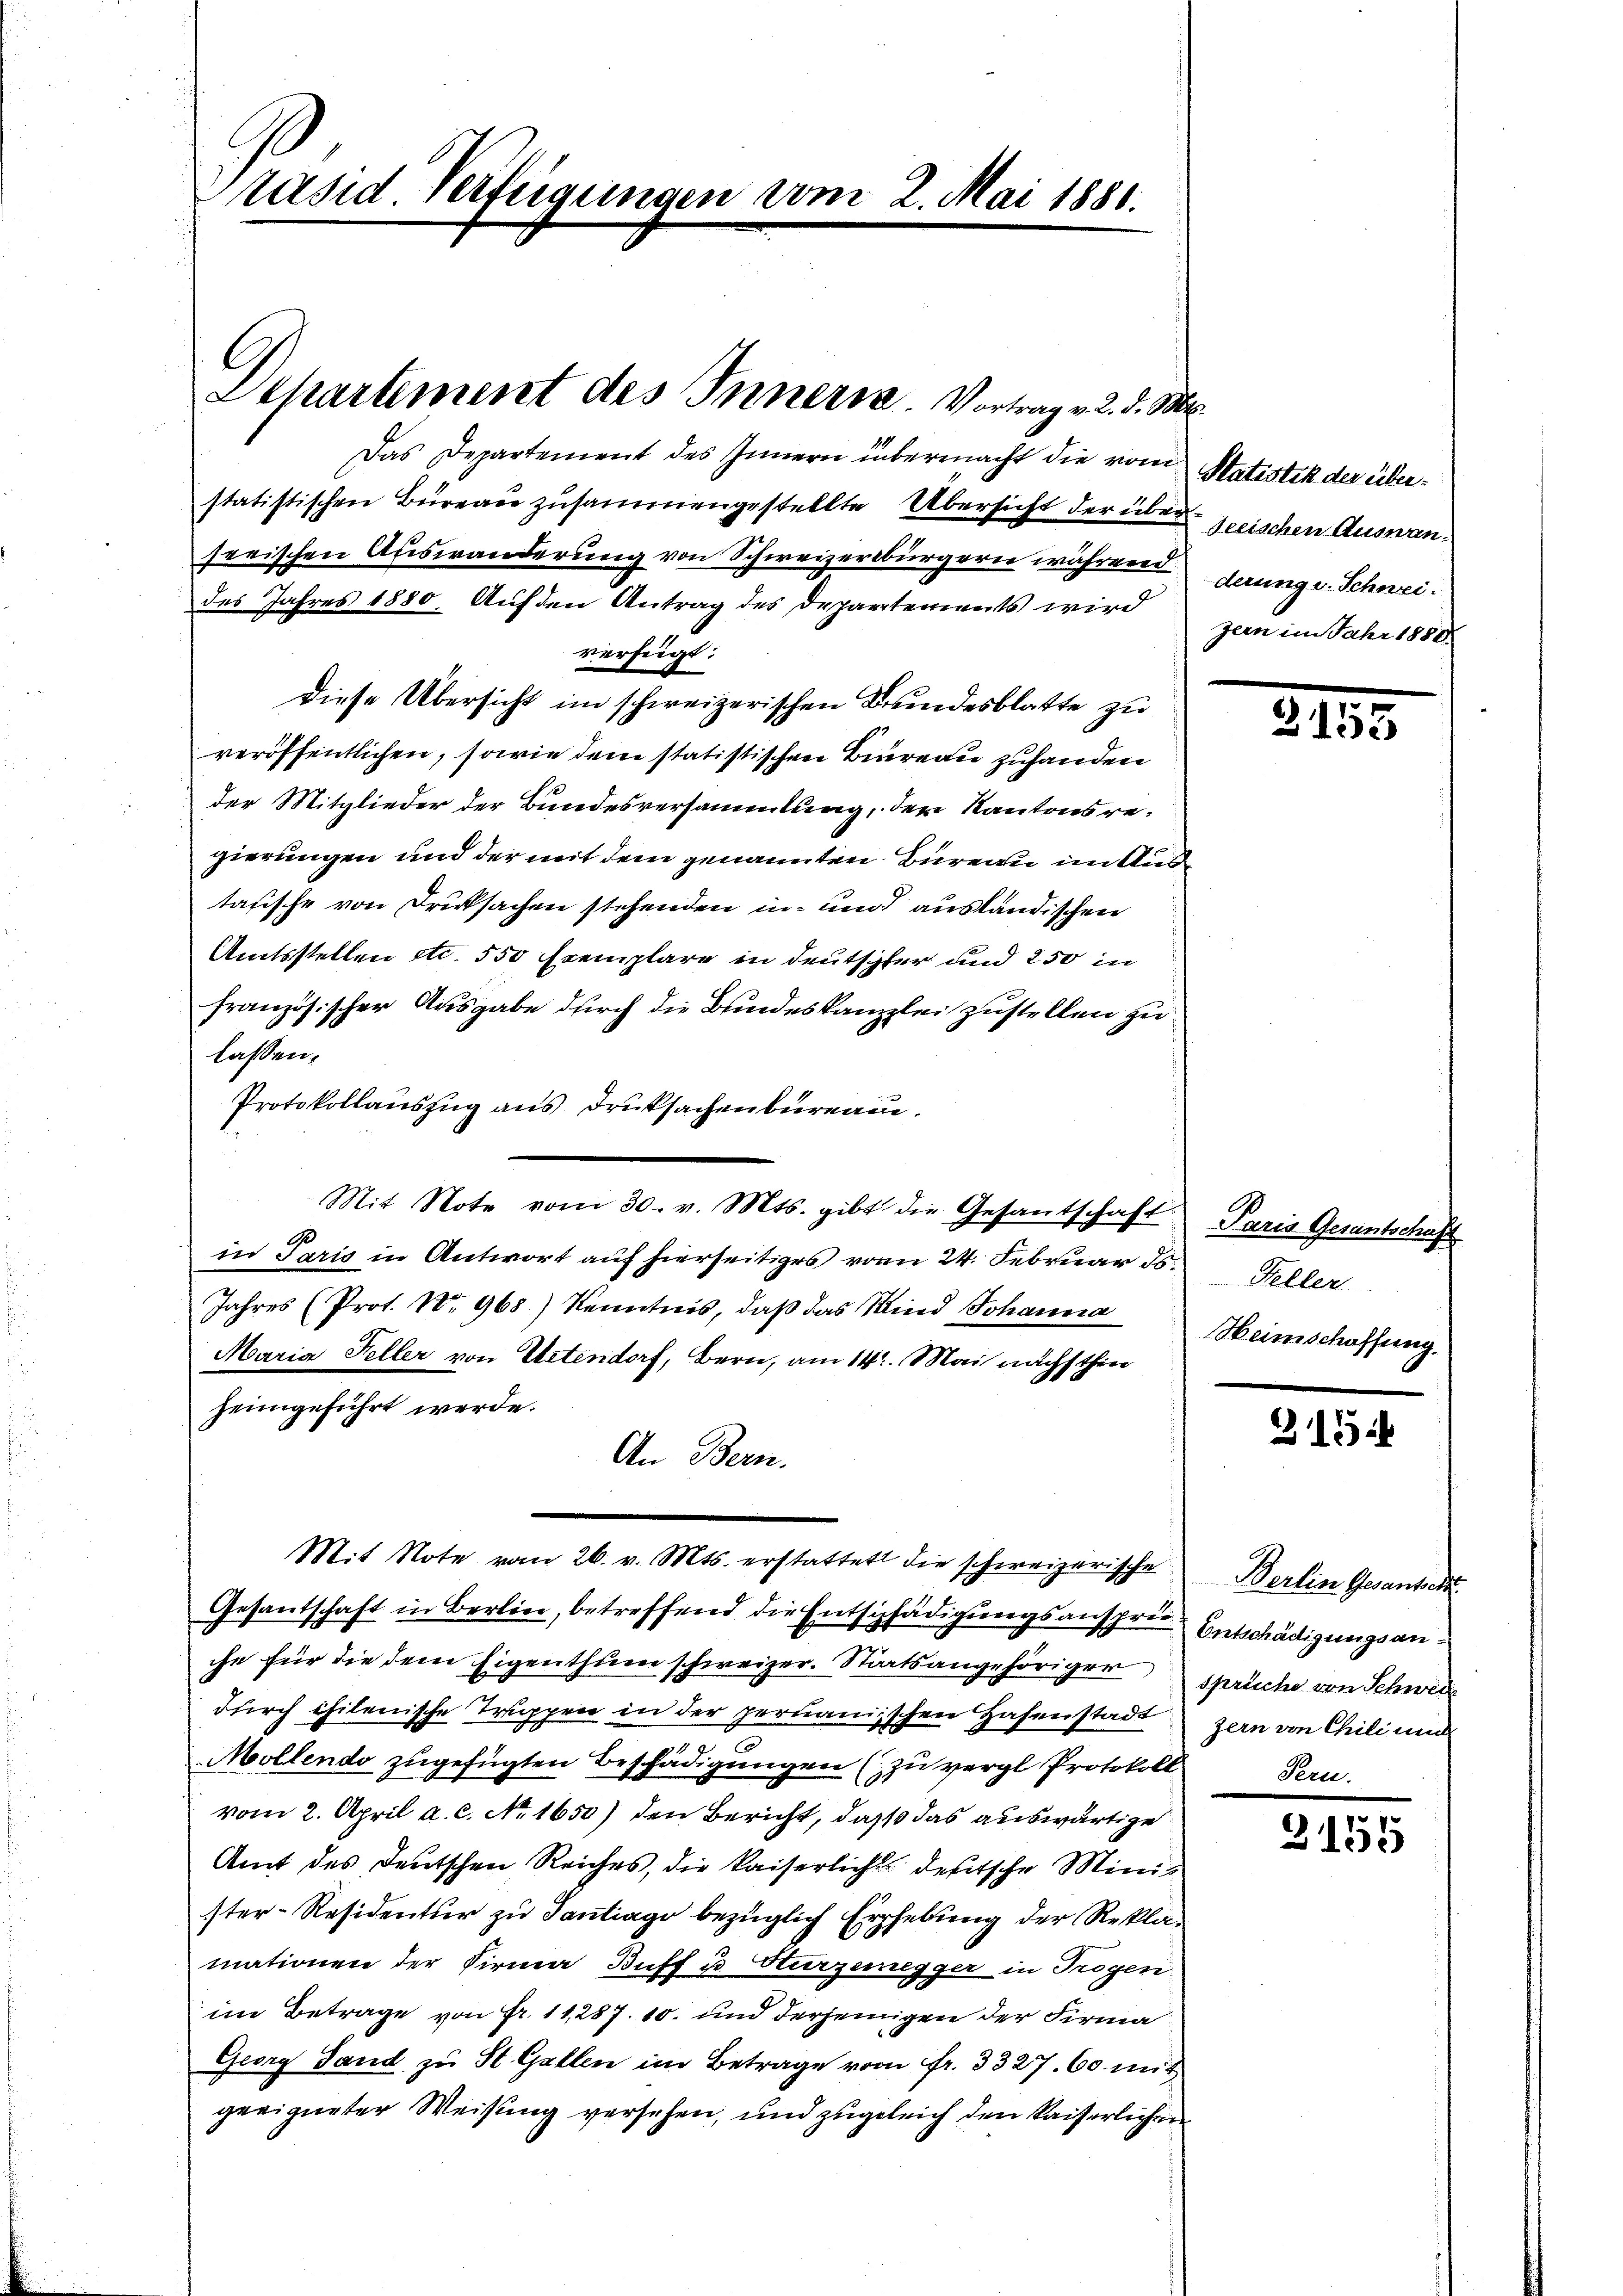
räsid Verfügungen vom 2. Mai 1880.

Das Departement des Innern übermacht die vom Matistik der überstatistischen Büreade zusammengestellte Übersicht der über seischen Auswanseeischen Auswanderung von Schweizerbürgern während
des Jahres 1880. Auf den Antrag des Departements wird
verfügt:
Diese Übersicht im schweizerischen Bundesblatte zu
veröffentlichen, sowie dem statistischen Bureau zuhanden
der Mitglieder der Bundesversammlung, der Kantonsregierungen und der mit dem genannten Bureau im Austafische von Dricksachen stehenden in und ausländischen
Amtsstellen etc. 550 Exemplare in deutschter und 250 in
französischer Ausgabe durch die Bundeskanzlei zustellen zu
lassen.
Protokollauszug aus Druksachenbüreau.
Mit Note vom 30. v. Mts. gibt die Gesantschaft Paris Gesantschaft
in Paris in Antwort auf hierseitiges vom 24. Februar d. Heller
Jahres (Prot. N. 968) Kenntnis, daβ das Wind Johanna
Maria Feller von Ehetendorf, Bern, am 14. Mai nächsthin
heimgeführt werde.
An Bern.
Mit Note vom 26. v. Mts. erstattet die schweizerische
Gesantschaft in Berlin, betreffend die Entschädigungsansprun Entschädigungsanche für die dem Eigenthum schweizer. Stärts angehöriger sprüche von Schweiz
durch chilenische Truppen in der permanischen Hafenstadt
Mollendo zugefügten Beschädigungen (zu vergl. Protokoll
vom 2. April a. c. No. 1650) den Bericht, daß das auswärtige
Amt des Deutschen Reiches, die kaiserliche deutsche Minister-Residentur zu Tantrage bezüglich Erhebung der Reklamationen der Firma Buff u. Sturzenegger in Trogen.
im Betrage von Fr. 11,287. 10. und derjenigen der Firma
Georg Land zu St. Gallen im Betrage vom fr. 3327. 60. mit
geeigneter Weisung versehen, und zugeleich den Kaiserlichen

Departement des Innern. Vortrag v. 2. d. M.

derung u. Schweigern im Jahr 1880.

2135

HHeimschaffung.

315.

Berlin Gesanten.
zern von Chilium
Pern.

Z.155